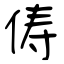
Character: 俦